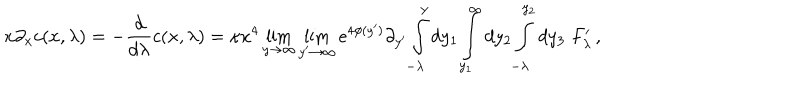
x \partial _ { x } c ( x , \lambda ) = - \frac { d } { d \lambda } c ( x , \lambda ) = \kappa x ^ { 4 } \lim _ { y \rightarrow \infty } \lim _ { y ^ { \prime } \rightarrow \infty } e ^ { 4 \phi ( y ^ { \prime } ) } \partial _ { y ^ { \prime } } \int _ { - \lambda } ^ { y } d y _ { 1 } \int _ { y _ { 1 } } ^ { \infty } d y _ { 2 } \int _ { - \lambda } ^ { y _ { 2 } } d y _ { 3 } \; F _ { \lambda } ^ { \prime } \, ,